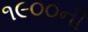
૧૯૦૦ની